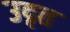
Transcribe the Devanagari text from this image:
उदृत